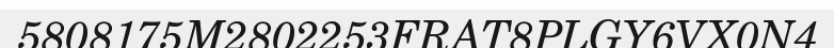
5808175M2802253FRAT8PLGY6VX0N4